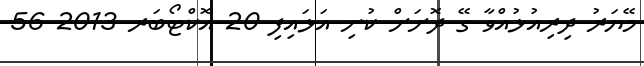
މޭޔަރު ދިރިއުޅުއްވާ ގޭ ދޮށަށް ކުނި އަޅައިފި 20 އޮކްޓޯބަރ 2013 56